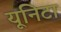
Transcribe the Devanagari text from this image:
यूनिटा